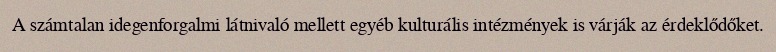
A számtalan idegenforgalmi látnivaló mellett egyéb kulturális intézmények is várják az érdeklődőket.